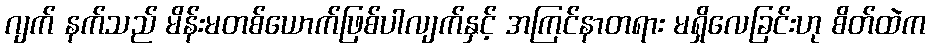
ဂျက် နက်သည် မိန်းမတစ်ယောက်ဖြစ်ပါလျက်နှင့် အကြင်နာတရား မရှိလေခြင်းဟု စိတ်ထဲက